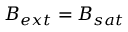
\boldsymbol { B _ { e x t } } = B _ { s a t }